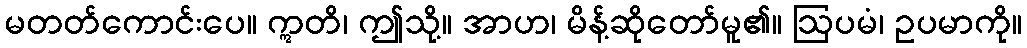
မတတ်ကောင်းပေ။ ဣတိ၊ ဤသို့။ အာဟ၊ မိန့်ဆိုတော်မူ၏။ ဩပမံ၊ ဥပမာကို။